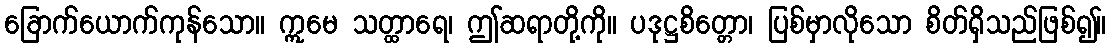
ခြောက်ယောက်ကုန်သော။ ဣမေ သတ္ထာရေ၊ ဤဆရာတို့ကို။ ပဒုဋ္ဌစိတ္တော၊ ပြစ်မှာလိုသော စိတ်ရှိသည်ဖြစ်၍။